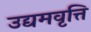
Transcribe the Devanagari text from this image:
उद्यमवृत्ति